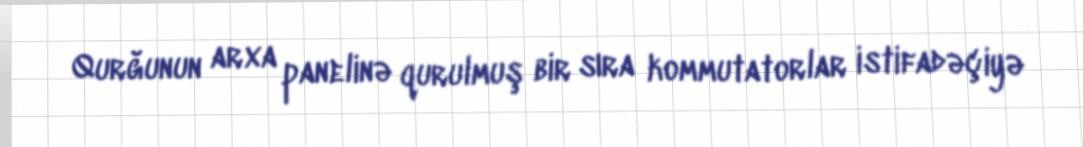
Qurğunun arxa panelinə qurulmuş bir sıra kommutatorlar istifadəçiyə